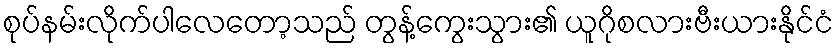
စုပ်နမ်းလိုက်ပါလေတော့သည် တွန့်ကွေးသွား၏ ယူဂိုစလားဗီးယားနိုင်ငံ